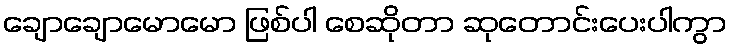
ချောချောမောမော ဖြစ်ပါ စေဆိုတာ ဆုတောင်းပေးပါကွာ